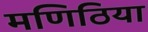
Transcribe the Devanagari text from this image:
मणिठिया